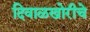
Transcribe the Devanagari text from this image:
दिवाळखोरीचे